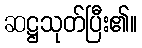
ဆဋ္ဌသုတ်ပြီး၏။